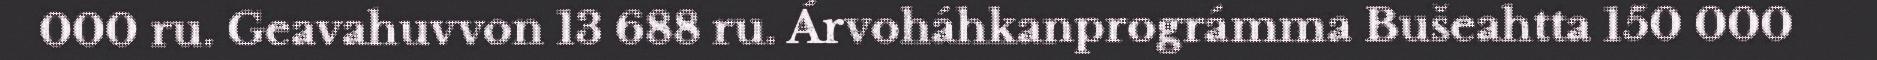
000 ru. Geavahuvvon 13 688 ru. Árvoháhkanprográmma Bušeahtta 150 000